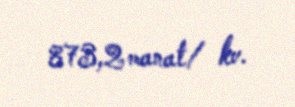
873,2 manat/ kv.